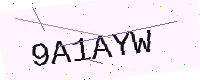
Text: 9A1AYW